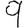
Digit: 9